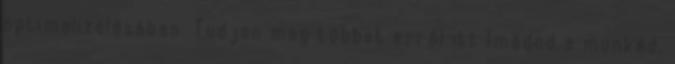
optimalizálásában. Tudjon meg többet erről itt Imádod a munkád,